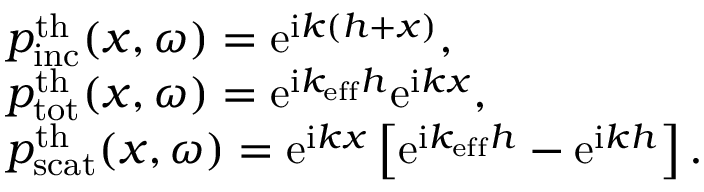
\begin{array} { r l } & { p _ { \mathrm { i n c } } ^ { \mathrm { t h } } ( x , \omega ) = \mathrm { e } ^ { \mathrm { i } k ( h + x ) } , } \\ & { p _ { \mathrm { t o t } } ^ { \mathrm { t h } } ( x , \omega ) = \mathrm { e } ^ { \mathrm { i } k _ { \mathrm { e f f } } h } \mathrm { e } ^ { \mathrm { i } k x } , } \\ & { p _ { \mathrm { s c a t } } ^ { \mathrm { t h } } ( x , \omega ) = \mathrm { e } ^ { \mathrm { i } k x } \left[ \mathrm { e } ^ { \mathrm { i } k _ { \mathrm { e f f } } h } - \mathrm { e } ^ { \mathrm { i } k h } \right] . } \end{array}